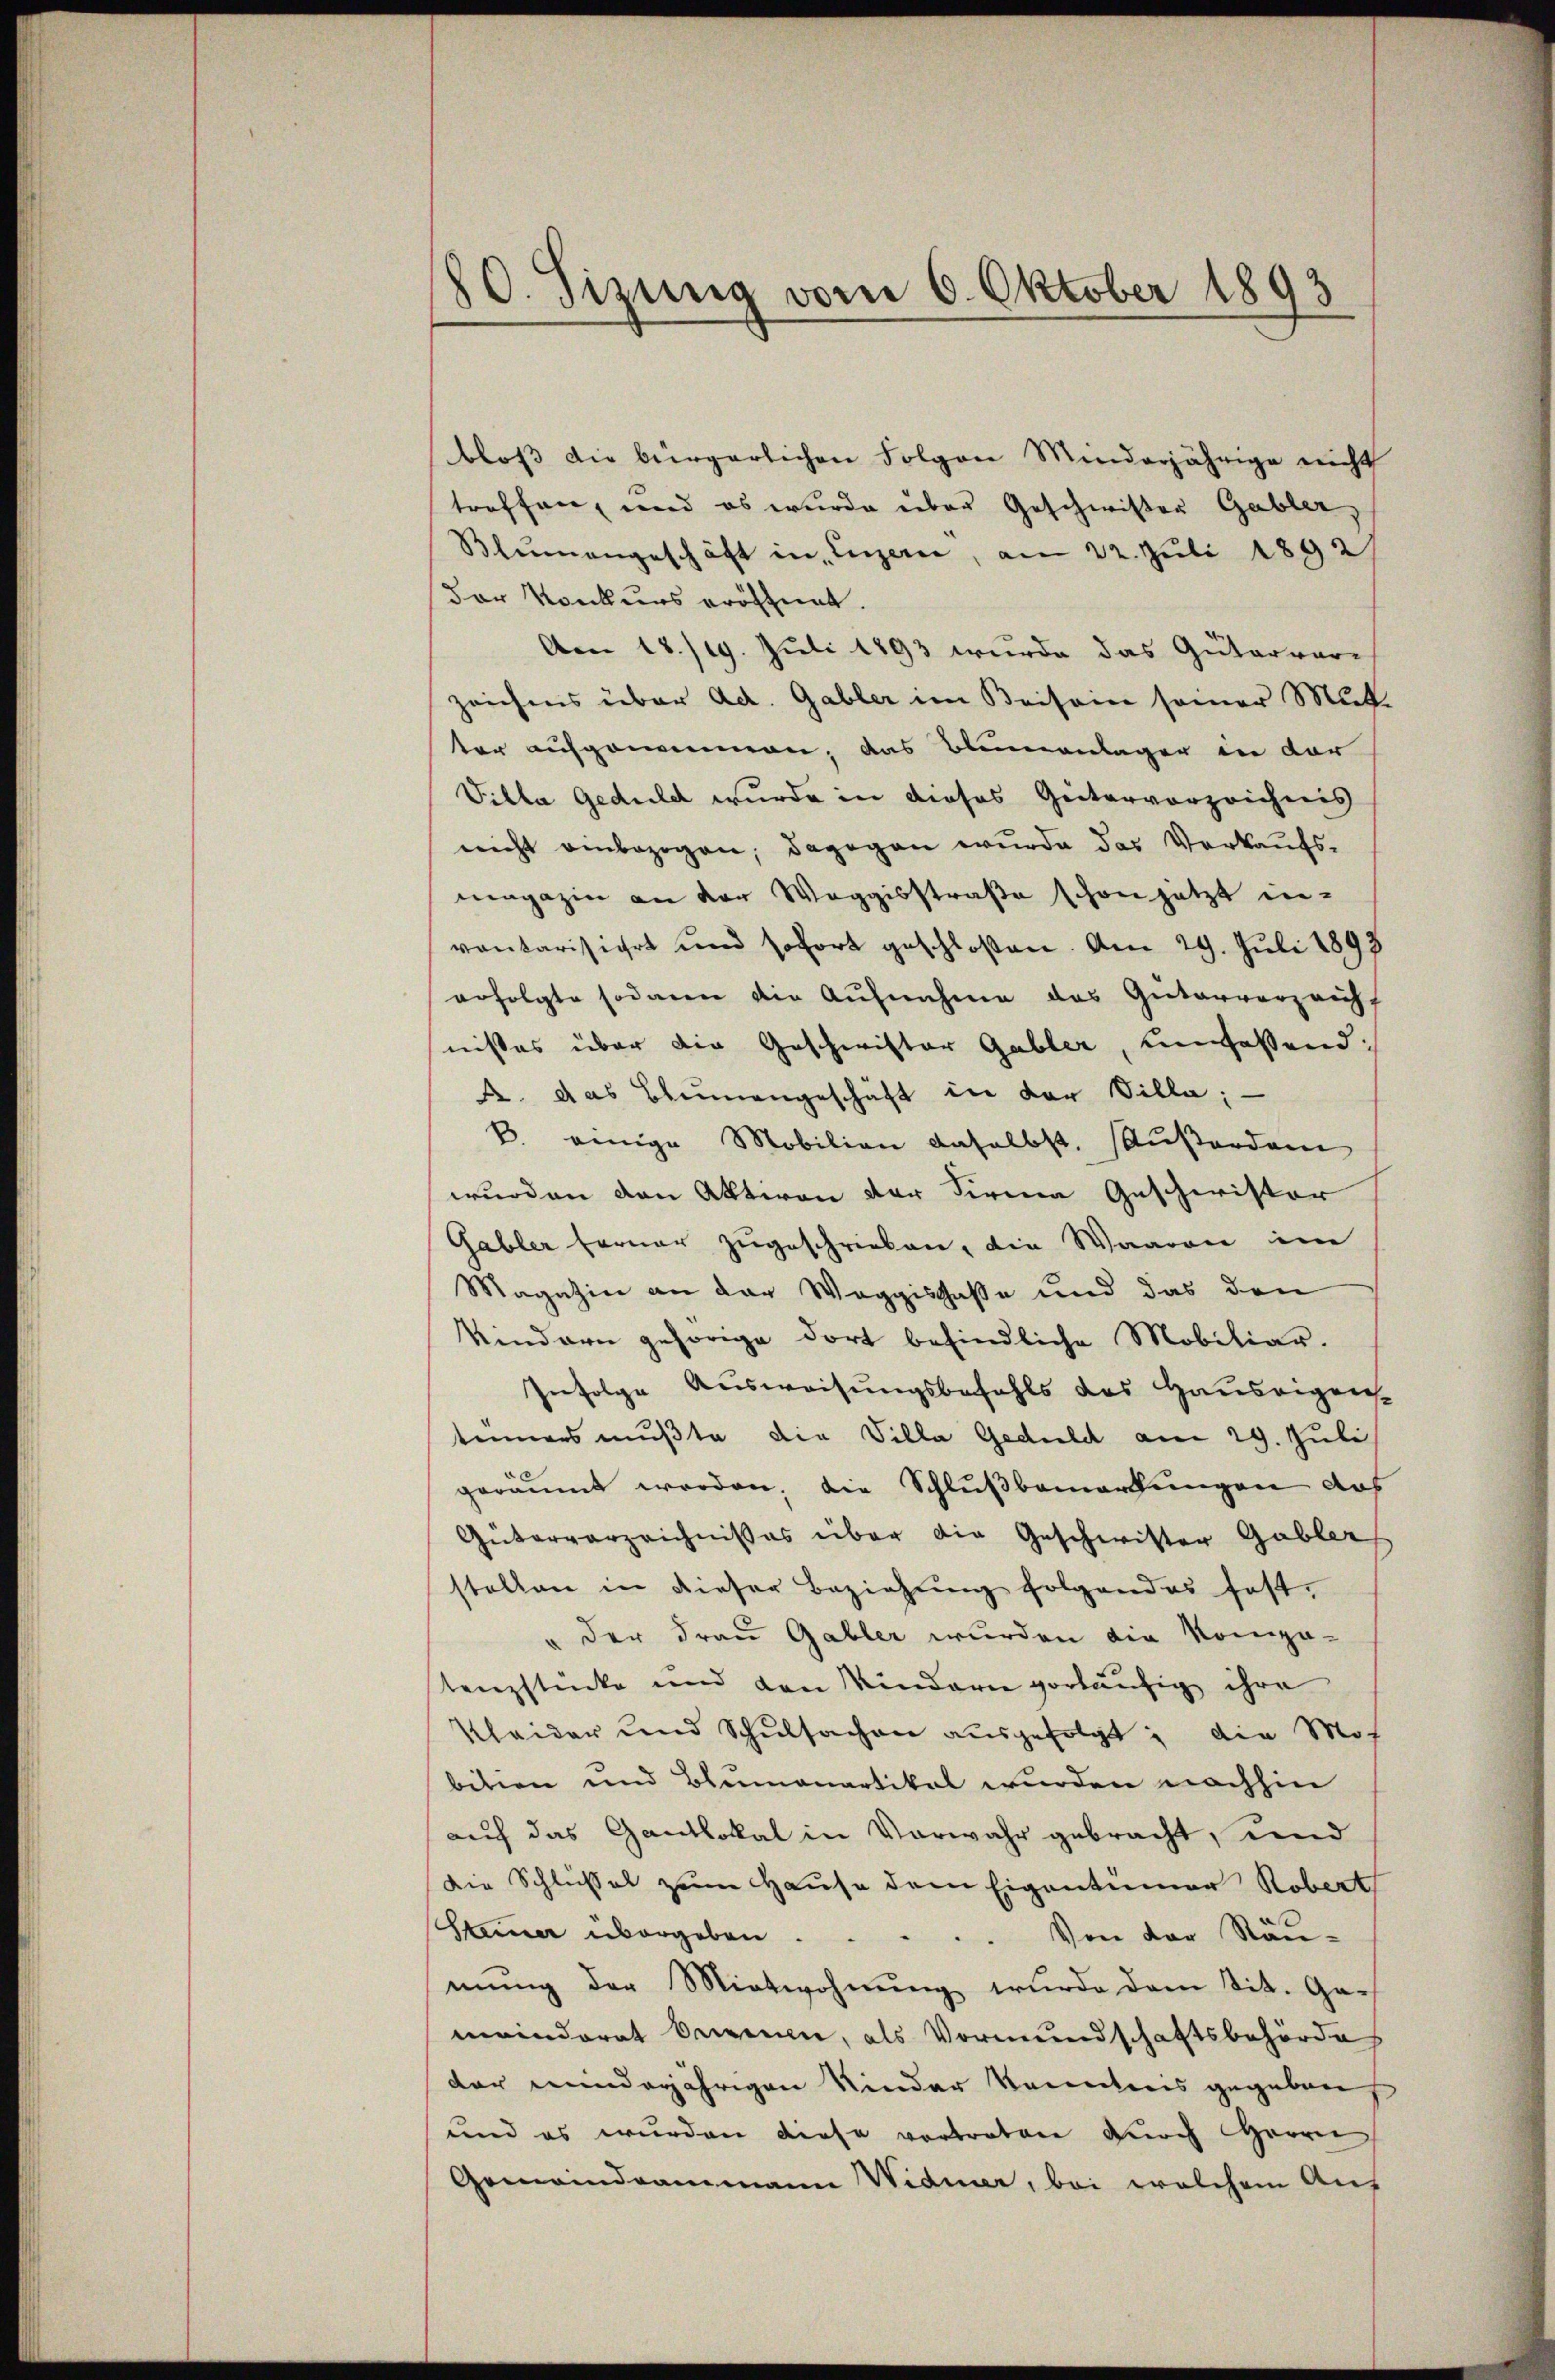
20. Sizung vom 6. Oktober 1893

bloss die bürgerlichen Folgen Minderjährige nicht
troffen, und es wurde über Geschwister Gabler,
Blumengeschäft in Luzern, am 22. Juli 1892/
Der Konkurs eröffnet.
Am 18./19. Juli 1893 wurde das Güterver-
Zeichens über Act. Gabler im Beisein seiner Mut-
ter aufgenommen, das Blumenlager in der
Villa Geduld wurde in dieses Gütervorzeichnis
nicht einbezogen, dagegen wurde das Verkaufsmagazin an der Weggisstraße schon jetzt in-
ventarisiert und sofort geschloßen. Am 29. Juli 1893
erfolgte sodann die Aufnahme des Güterverzeichf
nißes über die Geschwister Gabler, unmassend:
A. das Blumengeschäft in der Bille; —
B. einige Mobilien daselbst, Außerden
wurden den Aktion der Firma Geschwister
Gabler ferner zugeschrieben, die Waaren im
Magazin an der Weggislasse und das den
Kindern gehörige dort befindliche Mobiliar-
Infolge Ausweisungsbefehls des Hauseigen-
tinners mußte die Villa Geduld am 29. Juli
geräumt worden, die Schlußbemarkungen das
Güterverzeichnisses über die Geschwister Gabler
stellen in dieser Beziehŭng folgendes fest-
" der Frau Gabler wurden die Kompo-
tenzstücke und den Kindern vorläufig ihre
Kleider und Schŭlsachen aŭsgefolgt; die Mot
bition und Blumenartikel wurden nachhin
auch das Gantlokal in Vorwahr gebracht, und
Die Schlüßel zum Hause dem Eigentümer Robert
Seiner übergeben.
Von der Raumŭng der Mitwohnung wurde dem Tit. Gameinderat beigenen, als Vormundschaftsbehörde
der minderjährigen Kinder kanntens gegeben
und es wurden diese vortreten durch Herrn
Gemeindeammann Wider, bei welchem Aus